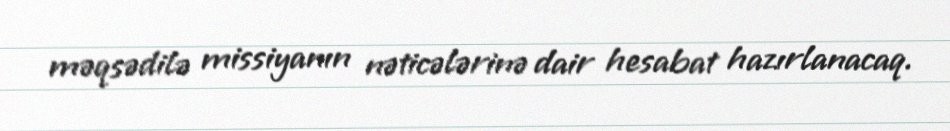
məqsədilə missiyanın nəticələrinə dair hesabat hazırlanacaq.